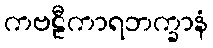
ကဗဠီကာရဘက္ခာနံ